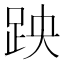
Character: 𫏅